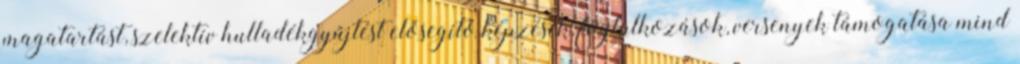
magatartást, szelektív hulladékgyűjtést elősegítő képzések, foglalkozások, versenyek támogatása mind